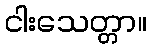
ငါးသေတ္တာ။